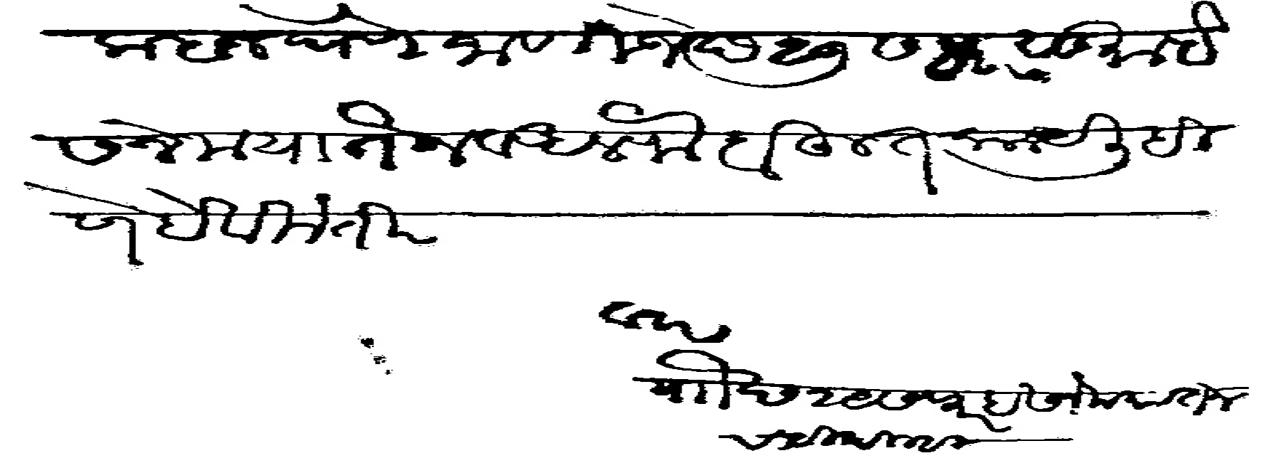
Transliteration (Devanagari): कबज घेणे जाणीजे छ २७ सफर सु ईसने मया तैन व अलफे बहुत काये लिहीणे हे विनंती वार पाौ छ २७ सफर ईसने मया तैन चिठी दिल्ही